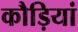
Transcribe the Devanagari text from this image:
कौड़ियां